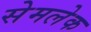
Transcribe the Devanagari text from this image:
सेमलेक